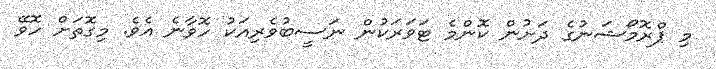
މި ޕްރޮމޯޝަނުގެ ދަށުން ކޮންމެ ޓަވަރަކުން ނަސީބުވެރިއަކު ހޮވާނެ އެވެ. މިގޮތަށް ހޮވޭ